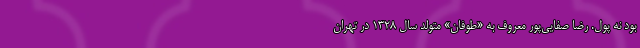
بود نه پول. رضا صفایی‌پور معروف به «طوفان» متولد سال ۱۳۲۸ در تهران